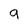
Character: 9